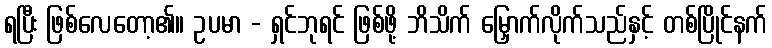
ရပြီး ဖြစ်လေတော့၏။ ဥပမာ - ရှင်ဘုရင် ဖြစ်ဖို့ ဘိသိက် မြှောက်လိုက်သည်နှင့် တစ်ပြိုင်နက်